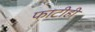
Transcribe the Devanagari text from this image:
फाटीही